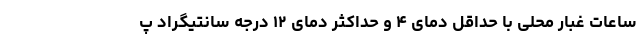
ساعات غبار محلی با حداقل دمای ۴ و حداکثر دمای ۱۲ درجه سانتیگراد پ